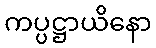
ကပ္ပဋ္ဌာယိနော